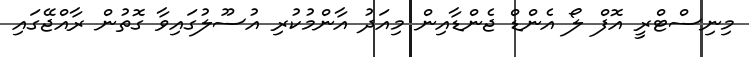
މިނިސްޓްރީ އޮފް ލޯ އެންޑް ޖެންޑާއިން މިއަދު އާންމުކުރި އުސޫލުގައިވާ ގޮތުން ރާއްޖޭގައި